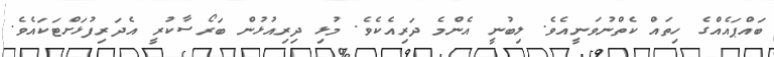
ބައްޕައެއްގެ ހިތައް ކެތްނުވަނީއެވެ. ލިބުނީ އެންމެ ދަރިއެކެވެ. މުޅި ދިރިއުޅުން ބަރޯސާކުރީ އެދަރިފުޅަށްޓަކައެވެ.